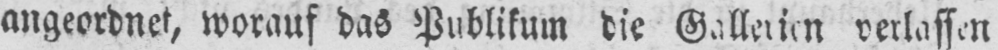
verlassen